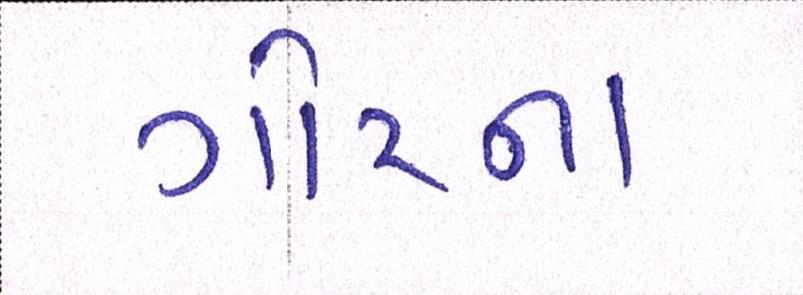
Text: ગોરના